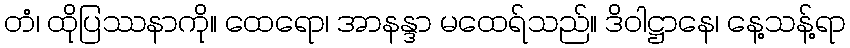
တံ၊ ထိုပြဿနာကို။ ထေရော၊ အာနန္ဒာ မထေရ်သည်။ ဒိဝါဋ္ဌာနေ၊ နေ့သန့်ရာ